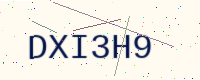
Text: DXI3H9